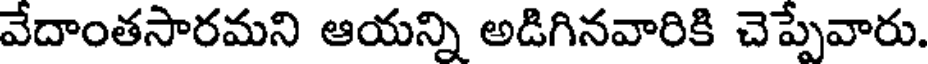
వేదాంతసారమని ఆయన్ని అడిగినవారికి చెప్పేవారు.